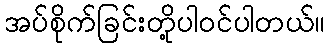
အပ်စိုက်ခြင်းတို့ပါဝင်ပါတယ်။